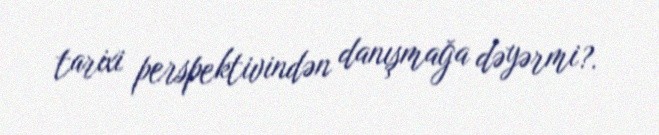
tarixi perspektivindən danışmağa dəyərmi?.